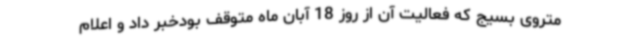
متروی بسیج که فعالیت آن از روز 18 آبان ماه متوقف بودخبر داد و اعلام